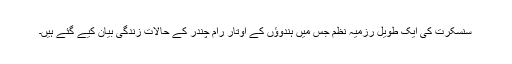
سنسکرت کی ایک طویل رزمیہ نظم جس میں ہندوؤں کے اوتار رام چندر کے حالاتِ زندگی بیان کیے گئے ہیں۔